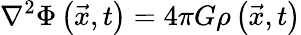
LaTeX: \nabla^{2}\Phi\left({\vec{x}},t\right)=4\pi G\rho\left({\vec{x}},t\right)